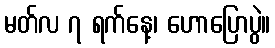
မတ်လ ၇ ရက်နေ့၊ ဟောပြောပွဲ။